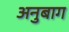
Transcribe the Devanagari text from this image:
अनुबाग